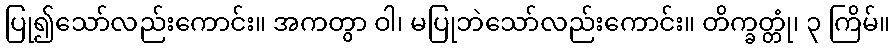
ပြု၍သော်လည်းကောင်း။ အကတွာ ဝါ၊ မပြုဘဲသော်လည်းကောင်း။ တိက္ခတ္တုံ၊ ၃ ကြိမ်။